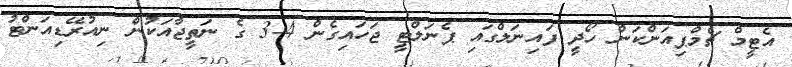
އެޓީމް ޗެމްޕިއަންކަން ހޯދީ ފައިނަލްގައި ޕެނަލްޓީ ޖަހައިގެން 4-3 ގެ ނަތީޖާއަކުން ނިއުރޭޑިއަންޓު